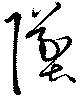
墜